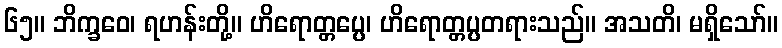
၆၅။ ဘိက္ခဝေ၊ ရဟန်းတို့။ ဟိရောတ္တပ္ပေ၊ ဟိရောတ္တပ္ပတရားသည်။ အသတိ၊ မရှိသော်။